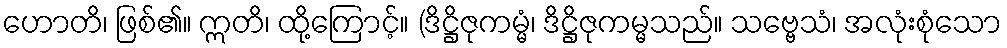
ဟောတိ၊ ဖြစ်၏။ ဣတိ၊ ထို့ကြောင့်။ (ဒိဋ္ဌိဇုကမ္မံ၊ ဒိဋ္ဌိဇုကမ္မသည်။ သဗ္ဗေသံ၊ အလုံးစုံသော